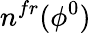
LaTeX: n^{fr}(\phi^{0})